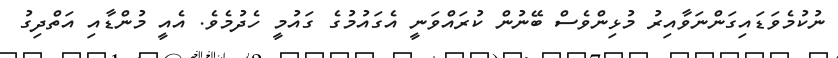
ނުކުމެވަޑައިގަންނަވާއިރު މުޅިންވެސް ބޭނުން ކުރައްވަނީ އެގައުމުގެ ގައުމީ ހެދުމެވެ. އެއީ މުންޑާއި އަތްދިގު